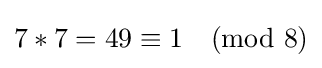
7*7=49\equiv 1{\pmod {8}}